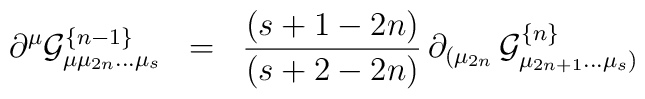
\partial^\mu {\cal{G}}^{\{ n-1 \}}_{\mu \mu_{2n} ... \mu_s} \;\; = \;\; {(s+1-2n) \over (s+2-2n)} \, \partial_{( \mu_{2n}} \, {\cal{G}}^{\{ n \}}_{\mu_{2n+1} ... \mu_s )}